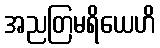
အညတြမရိယေဟိ